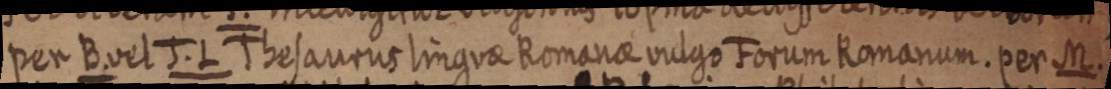
per B. vel J. L Thesaurus linguae Romanae vulgo Forum Romanum. per M.